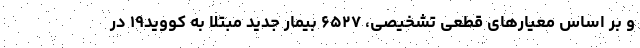
و بر اساس معیارهای قطعی تشخیصی، ۶۵۲۷ بیمار جدید مبتلا به کووید۱۹ در